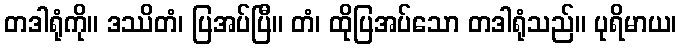
တဒါရုံကို။ ဒဿိတံ၊ ပြအပ်ပြီ။ တံ၊ ထိုပြအပ်သော တဒါရုံသည်။ ပုရိမာယ၊